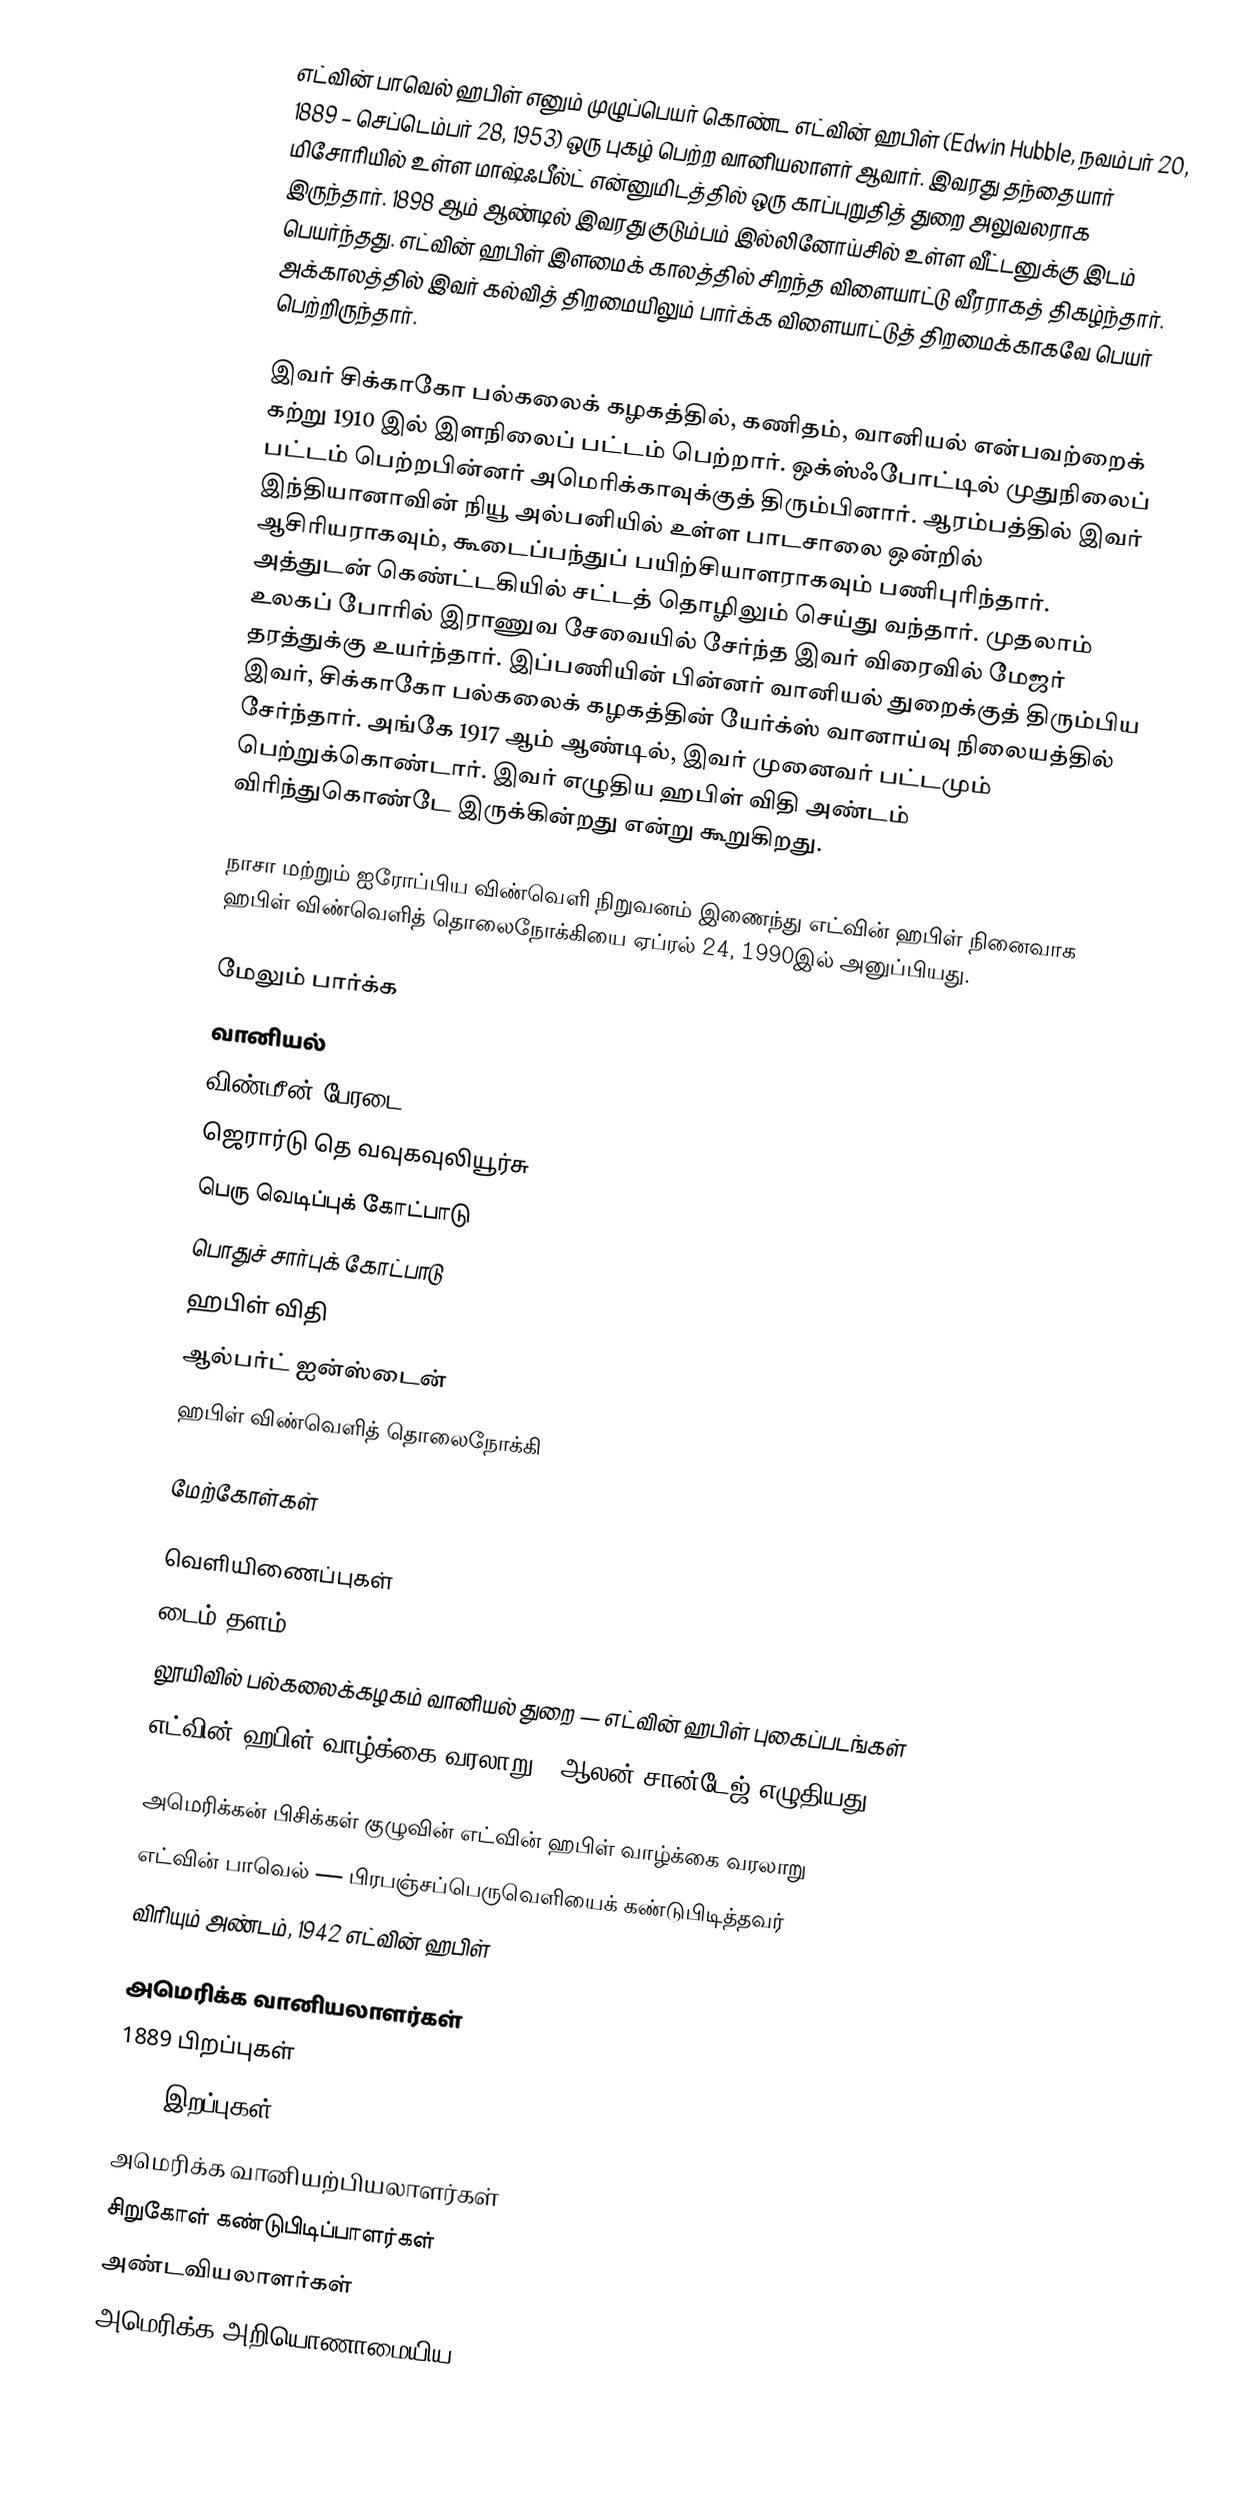
எட்வின் பாவெல் ஹபிள் எனும் முழுப்பெயர் கொண்ட எட்வின் ஹபிள் (Edwin Hubble, நவம்பர் 20, 1889 – செப்டெம்பர் 28, 1953) ஒரு புகழ் பெற்ற வானியலாளர் ஆவார். இவரது தந்தையார் மிசோரியில் உள்ள மாஷ்ஃபீல்ட் என்னுமிடத்தில் ஒரு காப்புறுதித் துறை அலுவலராக இருந்தார். 1898 ஆம் ஆண்டில் இவரது குடும்பம் இல்லினோய்சில் உள்ள வீட்டனுக்கு இடம் பெயர்ந்தது. எட்வின் ஹபிள் இளமைக் காலத்தில் சிறந்த விளையாட்டு வீரராகத் திகழ்ந்தார். அக்காலத்தில் இவர் கல்வித் திறமையிலும் பார்க்க விளையாட்டுத் திறமைக்காகவே பெயர் பெற்றிருந்தார்.

இவர் சிக்காகோ பல்கலைக் கழகத்தில், கணிதம், வானியல் என்பவற்றைக் கற்று 1910 இல் இளநிலைப் பட்டம் பெற்றார். ஒக்ஸ்ஃபோட்டில் முதுநிலைப் பட்டம் பெற்றபின்னர் அமெரிக்காவுக்குத் திரும்பினார். ஆரம்பத்தில் இவர் இந்தியானாவின் நியூ அல்பனியில் உள்ள பாடசாலை ஒன்றில் ஆசிரியராகவும், கூடைப்பந்துப் பயிற்சியாளராகவும் பணிபுரிந்தார். அத்துடன் கெண்ட்டகியில் சட்டத் தொழிலும் செய்து வந்தார். முதலாம் உலகப் போரில் இராணுவ சேவையில் சேர்ந்த இவர் விரைவில் மேஜர் தரத்துக்கு உயர்ந்தார். இப்பணியின் பின்னர் வானியல் துறைக்குத் திரும்பிய இவர், சிக்காகோ பல்கலைக் கழகத்தின் யேர்க்ஸ் வானாய்வு நிலையத்தில் சேர்ந்தார். அங்கே 1917 ஆம் ஆண்டில், இவர் முனைவர் பட்டமும் பெற்றுக்கொண்டார். இவர் எழுதிய ஹபிள் விதி அண்டம் விரிந்துகொண்டே இருக்கின்றது என்று கூறுகிறது.

நாசா மற்றும் ஐரோப்பிய விண்வெளி நிறுவனம் இணைந்து எட்வின் ஹபிள் நினைவாக ஹபிள் விண்வெளித் தொலைநோக்கியை ஏப்ரல் 24, 1990இல் அனுப்பியது.

மேலும் பார்க்க
 வானியல்
 விண்மீன் பேரடை
 ஜெரார்டு தெ வவுகவுலியூர்சு
 பெரு வெடிப்புக் கோட்பாடு
 பொதுச் சார்புக் கோட்பாடு
 ஹபிள் விதி
 ஆல்பர்ட் ஐன்ஸ்டைன்
 ஹபிள் விண்வெளித் தொலைநோக்கி

மேற்கோள்கள்

வெளியிணைப்புகள்
 டைம் தளம்
 லூயிவில் பல்கலைக்கழகம் வானியல் துறை — எட்வின் ஹபிள் புகைப்படங்கள்
 எட்வின் ஹபிள் வாழ்க்கை வரலாறு — ஆலன் சான்டேஜ் எழுதியது

 அமெரிக்கன் பிசிக்கள் குழுவின் எட்வின் ஹபிள் வாழ்க்கை வரலாறு
 எட்வின் பாவெல் — பிரபஞ்சப்பெருவெளியைக் கண்டுபிடித்தவர்
 விரியும் அண்டம், 1942 எட்வின் ஹபிள்

அமெரிக்க வானியலாளர்கள்
1889 பிறப்புகள்
1953 இறப்புகள்
அமெரிக்க வானியற்பியலாளர்கள்
சிறுகோள் கண்டுபிடிப்பாளர்கள்
அண்டவியலாளர்கள்
அமெரிக்க அறியொணாமையிய